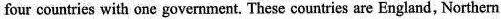
four countries with one government. These countries are England, Northern